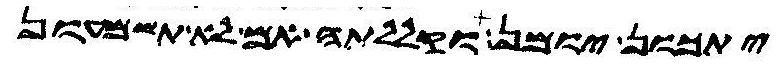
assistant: יתכון יומן וקללתה אם לא תשמעון